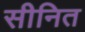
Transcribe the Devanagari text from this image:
सीनित